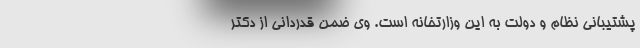
پشتیبانی نظام و دولت به این وزارتخانه است. وی ضمن قدردانی از دکتر